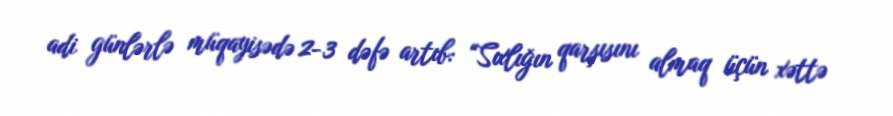
adi günlərlə müqayisədə 2-3 dəfə artıb: “Sıxlığın qarşısını almaq üçün xəttə